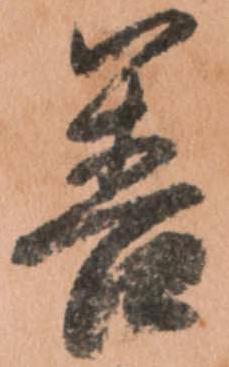
善